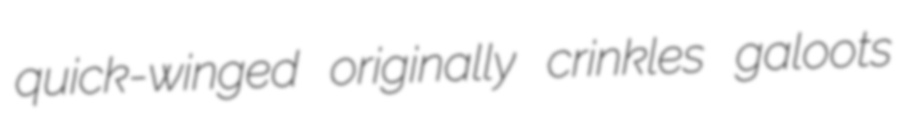
quick-winged originally crinkles galoots